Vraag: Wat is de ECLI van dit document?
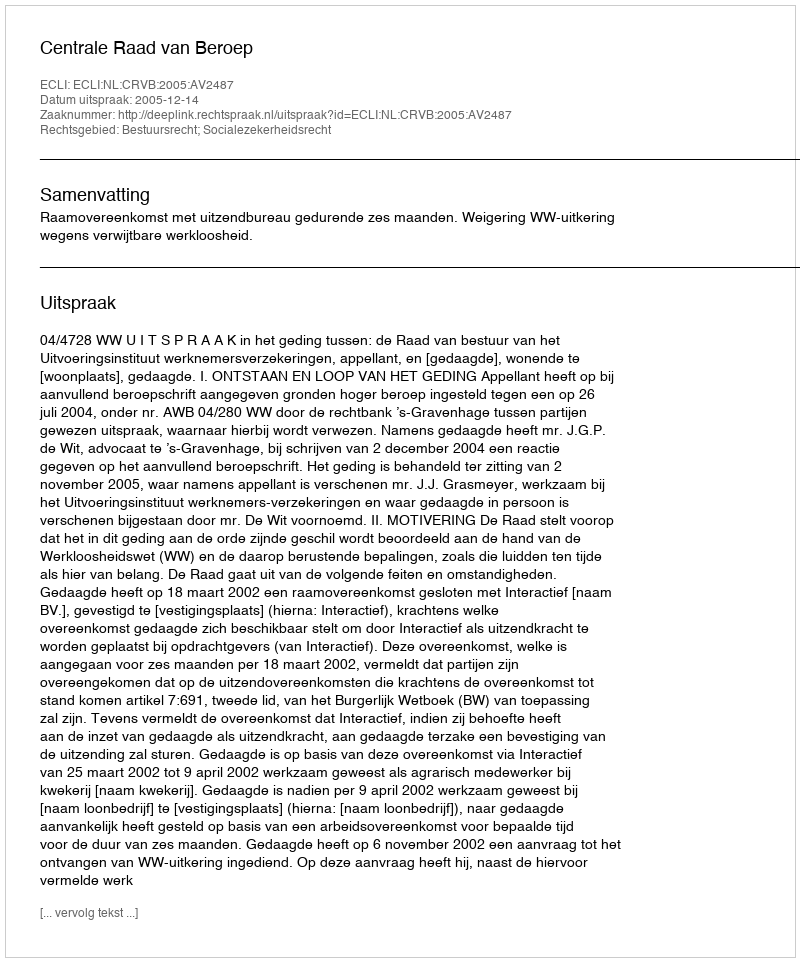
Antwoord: ECLI:NL:CRVB:2005:AV2487